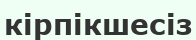
кірпікшесіз